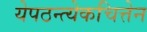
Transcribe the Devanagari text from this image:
येपठन्त्येकचित्तेन